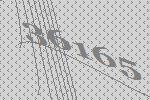
36165